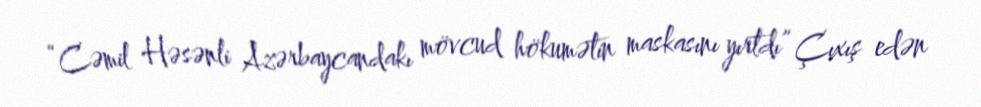
“Cəmil Həsənli Azərbaycandakı mövcud hökumətin maskasını yırtdı” Çıxış edən